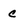
Character: c